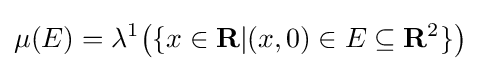
\mu (E)=\lambda ^{1}{\big (}\{x\in \mathbf {R} |(x,0)\in E\subseteq \mathbf {R} ^{2}\}{\big )}